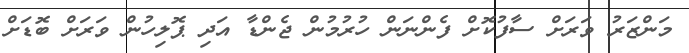
މަންޒަރު ވަރަށް ސާފުކޮށް ފެންނަން ހުރުމުން ޖެންޑާ އަދި ޕޮލިހުން ވަރަށް ބޮޑަށް